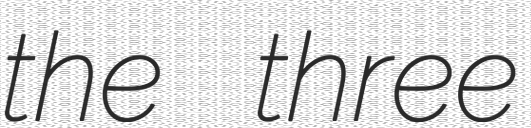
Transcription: the three